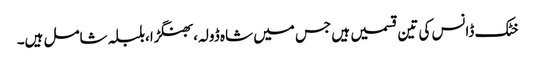
خٹک ڈانس کی تین قسمیں ہیں جس میں شاہ ڈولہ،بھنگڑا،بلبلہ شامل ہیں۔